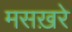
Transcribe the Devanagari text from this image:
मसख़रे